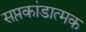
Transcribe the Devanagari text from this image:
सप्तकांडात्मक